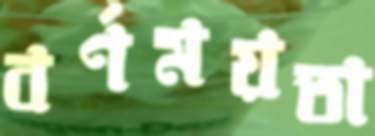
বর্ণময়তা